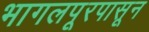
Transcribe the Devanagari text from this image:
भागलपूरपासून